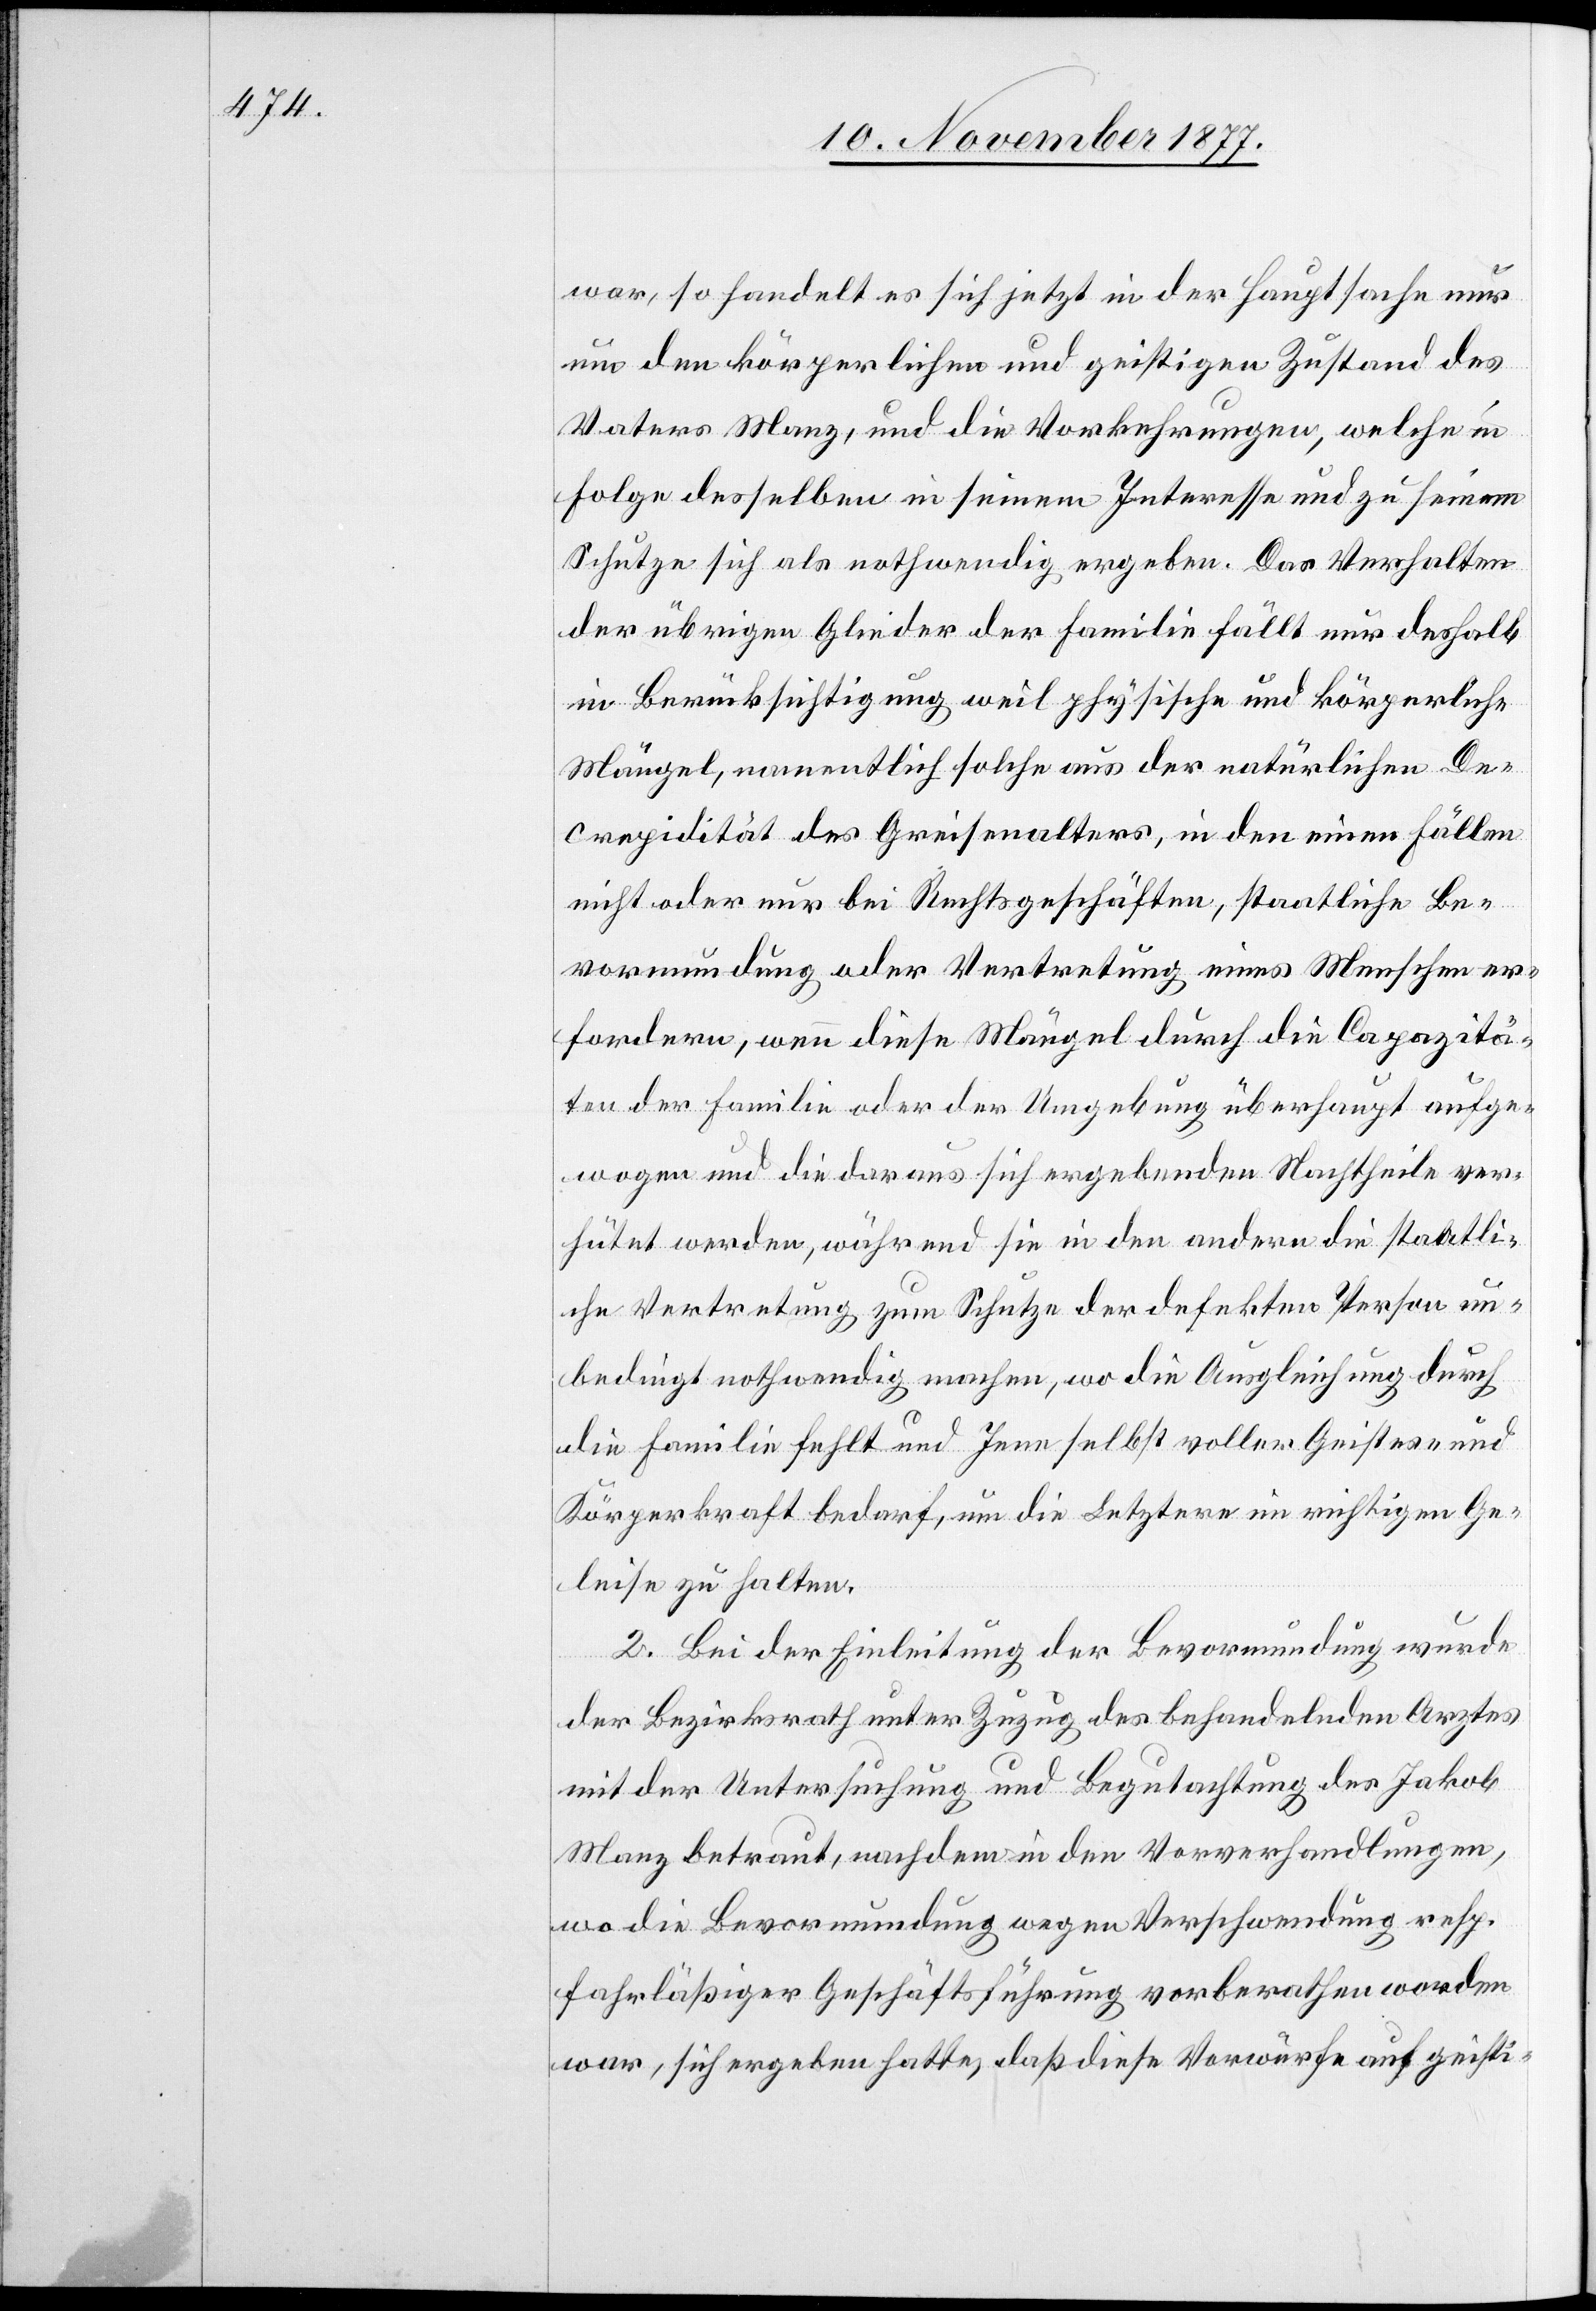
war, so handelt es sich jetzt in der Hauptsache nur
um den körperlichen und geistigen Zustand des
Vaters Manz, und die Vorkehrungen, welche in
Folge desselben in seinem Interesse und zu seinem
Schutze sich als nothwendig ergeben. Das Verhalten
der übrigen Glieder der Familie fällt nur deshalb
in Berücksichtigung weil physische und körperliche
Mängel, namentlich solche aus der natürlichen De¬
crepidität des Greisenalters, in den einen Fällen
nicht oder nur bei Rechtsgeschäften, staatliche Be¬
vormundung oder Vertretung eines Menschen er¬
fordern, wenn diese Mängel durch die Capazitä¬
ten der Familie oder der Umgebung überhaupt aufge¬
wogen und die daraus sich ergebenden Nachtheile ver¬
hütet werden, während sie in den andern die staatli¬
che Vertretung zum Schutze der defekten Person un¬
bedingt nothwendig machen, wo die Ausgleichung durch
die Familie fehlt und Jene selbst voller Geistes- und
Körperkraft bedarf, um die Letztere im richtigen Ge¬
leise zu halten.
2. Bei der Einleitung der Bevormundung wurde
der Bezirksrath unter Zuzug des behandelnden Arztes
mit der Untersuchung und Begutachtung des Jakob
Manz betraut, nachdem in den Vorverhandlungen,
wo die Bevormundung wegen Verschwendung resp.
fahrläßiger Geschäftsführung vorberathen worden
war, sich ergeben hatte, daß diese Vorwürfe auf geisti-